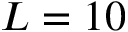
L = 1 0